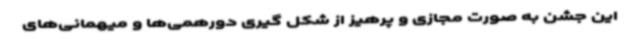
این جشن به صورت مجازی و پرهیز از شکل گیری دورهمی‌ها و میهمانی‌های